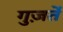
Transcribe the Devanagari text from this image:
गुज़र्ते